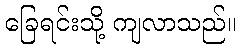
ခြေရင်းသို့ ကျလာသည်။